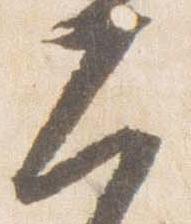
大